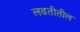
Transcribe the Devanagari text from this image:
लढतीतील